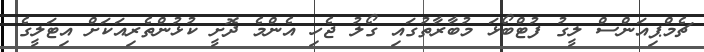
ޗެމްޕިއަންސް ލީގު ފުޓްބޯޅަ މުބާރާތުގައި ގޯލު ޖެހި އެންމެ ދޮށީ ކުޅުންތެރިއަކަށް އިޓަލީގެ